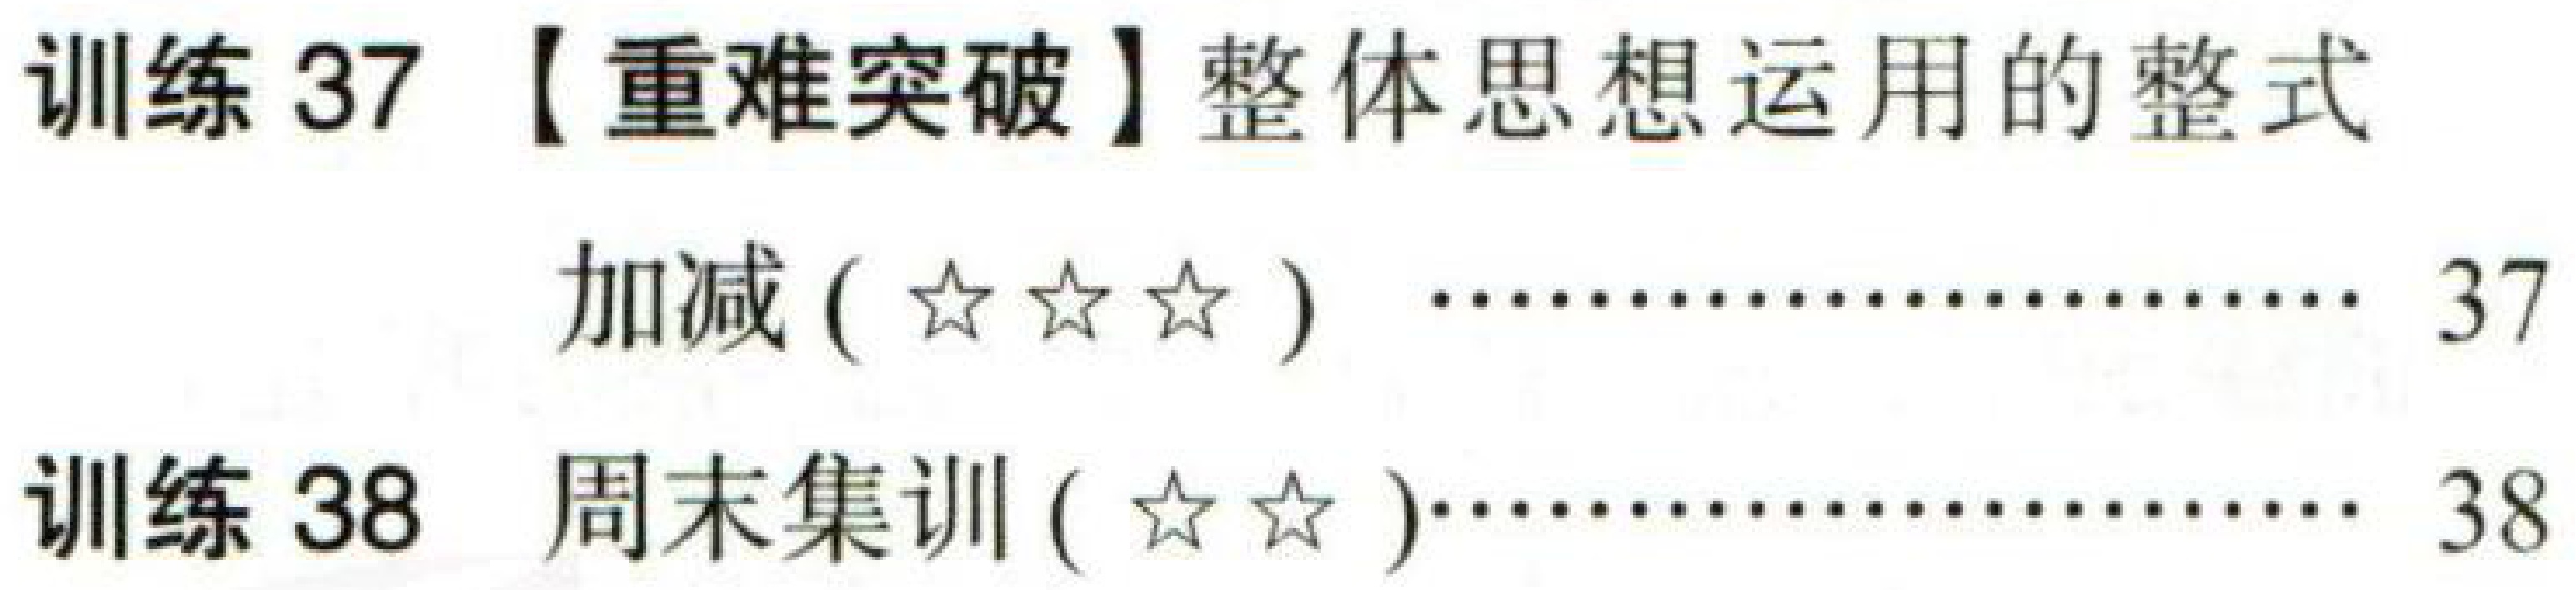
训练 37 【重难突破】整体思想运用的整式

  加减 (\(\star\star\star\))  ……………………… 37

训练 38 周末集训 (\(\star\star\))…………………… 38